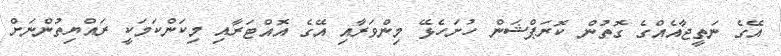
އޭގެ ނަތީޖާއެއްގެ ގޮތުން ކޮރަޕްޝަން ހުށަހެޅޭ މިންވަރާއި އޭގެ އޮއްޓަރާއި މިކަންކަމަކީ ރައްޔިތުންނަށް